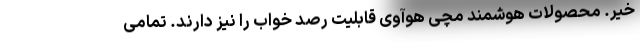
خیر. محصولات هوشمند مچی هوآوی قابلیت رصد خواب را نیز دارند. تمامی